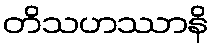
တိသဟဿာနိ